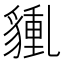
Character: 𧳿